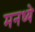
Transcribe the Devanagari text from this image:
मनध्ये